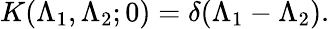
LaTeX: K(\Lambda_{1},\Lambda_{2};0)=\delta(\Lambda_{1}-\Lambda_{2}).